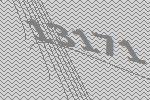
13171